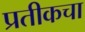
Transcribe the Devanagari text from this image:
प्रतीकचा